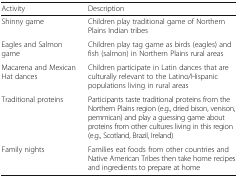
<table><thead><tr><td><b>Activity</b></td><td><b>Description</b></td></tr></thead><tbody><tr><td>Shinny game</td><td>Children play traditional game of Northern Plains Indian tribes</td></tr><tr><td>Eagles and Salmon game</td><td>Children play tag game as birds (eagles) and fish (salmon) in Northern Plains rural areas</td></tr><tr><td>Macarena and Mexican Hat dances</td><td>Children participate in Latin dances that are culturally relevant to the Latino/Hispanic populations living in rural areas</td></tr><tr><td>Traditional proteins</td><td>Participants taste traditional proteins from the Northern Plains region (e.g., dried bison, venison, pemmican) and play a guessing game about proteins from other cultures living in this region (e.g., Scotland, Brazil, Ireland)</td></tr><tr><td>Family nights</td><td>Families eat foods from other countries and Native American Tribes then take home recipes and ingredients to prepare at home</td></tr></tbody></table>